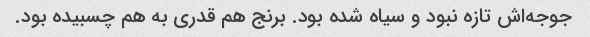
جوجه‌اش تازه نبود و سیاه شده بود. برنج هم قدری به هم چسبیده بود.